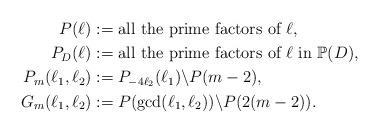
LaTeX: \begin{align*}P(\ell):=\;&\mbox{all the prime factors of $ \ell $}, \\P_{D}(\ell):=\;&\mbox{all the prime factors of $ \ell $ in $ \mathbb{P}(D) $}, \\P_{m}(\ell_{1},\ell_{2}):=\;&P_{-4\ell_{2}}(\ell_{1})\backslash P(m-2),\\G_{m}(\ell_{1},\ell_{2}):=\;&P(\gcd(\ell_{1},\ell_{2}))\backslash P(2(m-2)).\end{align*}